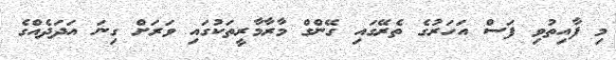
މި ފާއިތުވި ފަސް އަހަރުގެ ތެރޭގައި ގޭންގް މާރާމާރީތަކުގައި ވަރަށް ގިނަ އަދަދެއްގެ